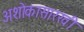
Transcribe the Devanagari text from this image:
अशोकासारखी